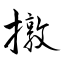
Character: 撴